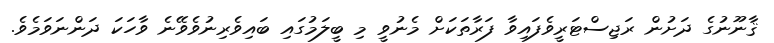
ޤާނޫނުގެ ދަށުން ރަޖިސްޓަރީވެފައިވާ ފަރާތަކަށް މެނުވީ މި ބީލަމުގައި ބައިވެރިނުވެވޭނެ ވާހަކަ ދަންނަވަމެވެ.